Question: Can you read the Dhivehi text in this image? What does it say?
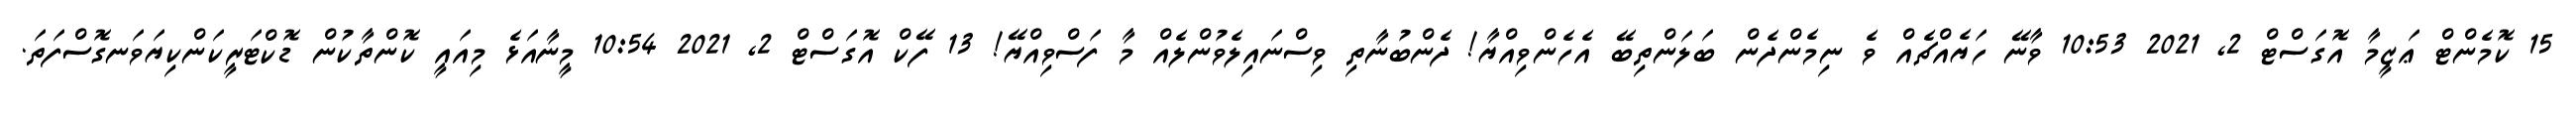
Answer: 15 ކޮމެންޓް ޢަޒީމާ އޮގަސްޓް 2, 2021 10:53 ވާނޭ ހަޔެއްޗެއް ވެ ނިމެންދެން ބަލަންތިބޭ އެހެންވިއްޔާ! ދެންބުނާތި ވިސްނައިލެވުންލެއް މާ ފަސްވިއްޔޭ! 13 ފޭކް އޮގަސްޓް 2, 2021 10:54 މީނާއަޅެ މިއައީ ކޮންތާކުން ޑޮކްޓަރީކަންކިޔަވަނގޮސްފަތަ.